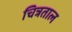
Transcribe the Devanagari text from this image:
चित्रताल